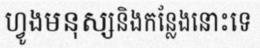
ហ្វូងមនុស្សនិងកន្លែងនោះទេ